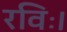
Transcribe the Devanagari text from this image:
रविः।